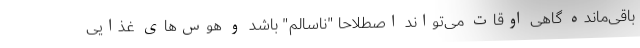
باقی‌مانده گاهی اوقات می‌تواند اصطلاحا "ناسالم" باشد و هوس‌های غذایی